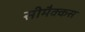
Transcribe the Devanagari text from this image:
सीमैक्कस